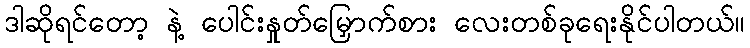
ဒါဆိုရင်တော့ နဲ့ ပေါင်းနှုတ်မြှောက်စား လေးတစ်ခုရေးနိုင်ပါတယ်။